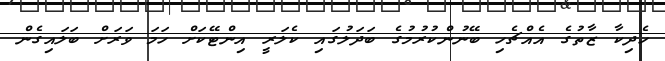
ހެދިކާ ޒާތުގެ އެއްޗެހި ބޭނުންކުރުމުގެ ބަދަލުގައި ކެލަރީ އިންޓޭކަށް ހަމަ ވަރަށް ބަލައިގެން